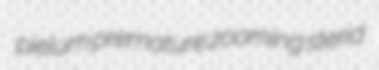
pielum premature zooming sterid